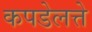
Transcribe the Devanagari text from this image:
कपडेलत्ते